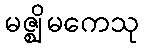
မဇ္ဈိမကေသု